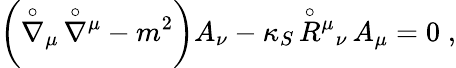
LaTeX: \left({\stackrel{\circ}{\nabla}}{}_{\mu}\, {\stackrel{\circ}{\nabla}}{}^{\mu}-m^{2}\right)A_{\nu}-\kappa_{S}\, {\stackrel{\circ}{R}}{}^{\mu}{}_{\nu}\, A_{\mu}=0\; ,